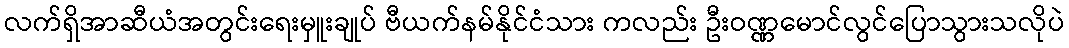
လက်ရှိအာဆီယံအတွင်းရေးမှူးချုပ် ဗီယက်နမ်နိုင်ငံသား ကလည်း ဦးဝဏ္ဏမောင်လွင်ပြောသွားသလိုပဲ